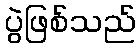
ပွဲဖြစ်သည်